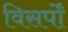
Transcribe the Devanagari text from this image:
विसर्पों